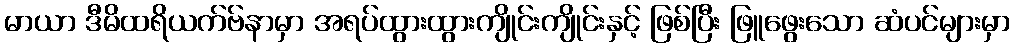
မာယာ ဒီမိထရိယက်ဗ်နာမှာ အရပ်ထွားထွားကျိုင်းကျိုင်းနှင့် ဖြစ်ပြီး ဖြူဖွေးသော ဆံပင်များမှာ